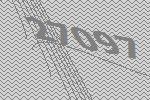
27097